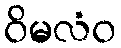
ဝိမလံဝ